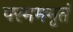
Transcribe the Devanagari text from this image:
परमममृतं